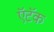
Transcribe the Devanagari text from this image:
ऍटॅक